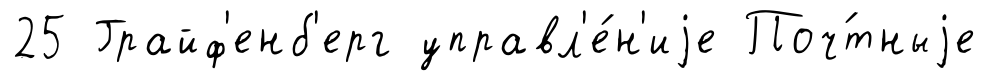
25 Грайф'енб'ерг управл'е́н'иjе Поч́тныjе